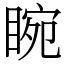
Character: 睕